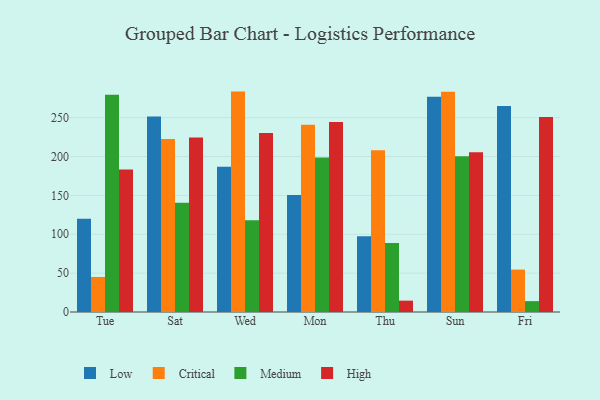
{"axis": {"x": "Day", "y": "Churn Rate (%)"}, "legend": ["Critical", "High", "Low", "Medium"], "data": [{"x": "Tue", "y": 120.0, "type": "Low"}, {"x": "Tue", "y": 45.1, "type": "Critical"}, {"x": "Tue", "y": 279.7, "type": "Medium"}, {"x": "Tue", "y": 183.5, "type": "High"}, {"x": "Sat", "y": 251.5, "type": "Low"}, {"x": "Sat", "y": 222.6, "type": "Critical"}, {"x": "Sat", "y": 140.5, "type": "Medium"}, {"x": "Sat", "y": 224.6, "type": "High"}, {"x": "Wed", "y": 186.8, "type": "Low"}, {"x": "Wed", "y": 283.6, "type": "Critical"}, {"x": "Wed", "y": 118.0, "type": "Medium"}, {"x": "Wed", "y": 230.4, "type": "High"}, {"x": "Mon", "y": 150.7, "type": "Low"}, {"x": "Mon", "y": 240.9, "type": "Critical"}, {"x": "Mon", "y": 198.9, "type": "Medium"}, {"x": "Mon", "y": 244.5, "type": "High"}, {"x": "Thu", "y": 97.5, "type": "Low"}, {"x": "Thu", "y": 208.1, "type": "Critical"}, {"x": "Thu", "y": 88.8, "type": "Medium"}, {"x": "Thu", "y": 14.6, "type": "High"}, {"x": "Sun", "y": 276.9, "type": "Low"}, {"x": "Sun", "y": 283.3, "type": "Critical"}, {"x": "Sun", "y": 200.5, "type": "Medium"}, {"x": "Sun", "y": 205.6, "type": "High"}, {"x": "Fri", "y": 265.2, "type": "Low"}, {"x": "Fri", "y": 54.6, "type": "Critical"}, {"x": "Fri", "y": 14.0, "type": "Medium"}, {"x": "Fri", "y": 250.8, "type": "High"}]}